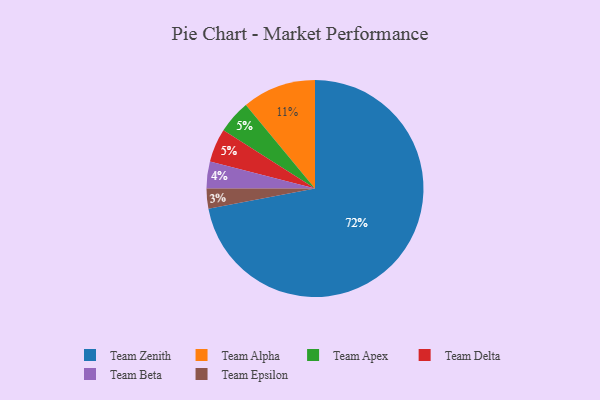
{"axis": {"x": "Category", "y": "Percentage"}, "legend": ["Team Alpha", "Team Apex", "Team Beta", "Team Delta", "Team Epsilon", "Team Zenith"], "data": [{"x": "Team Alpha", "y": 11, "type": "Team Alpha"}, {"x": "Team Zenith", "y": 72, "type": "Team Zenith"}, {"x": "Team Apex", "y": 5, "type": "Team Apex"}, {"x": "Team Delta", "y": 5, "type": "Team Delta"}, {"x": "Team Epsilon", "y": 3, "type": "Team Epsilon"}, {"x": "Team Beta", "y": 4, "type": "Team Beta"}]}